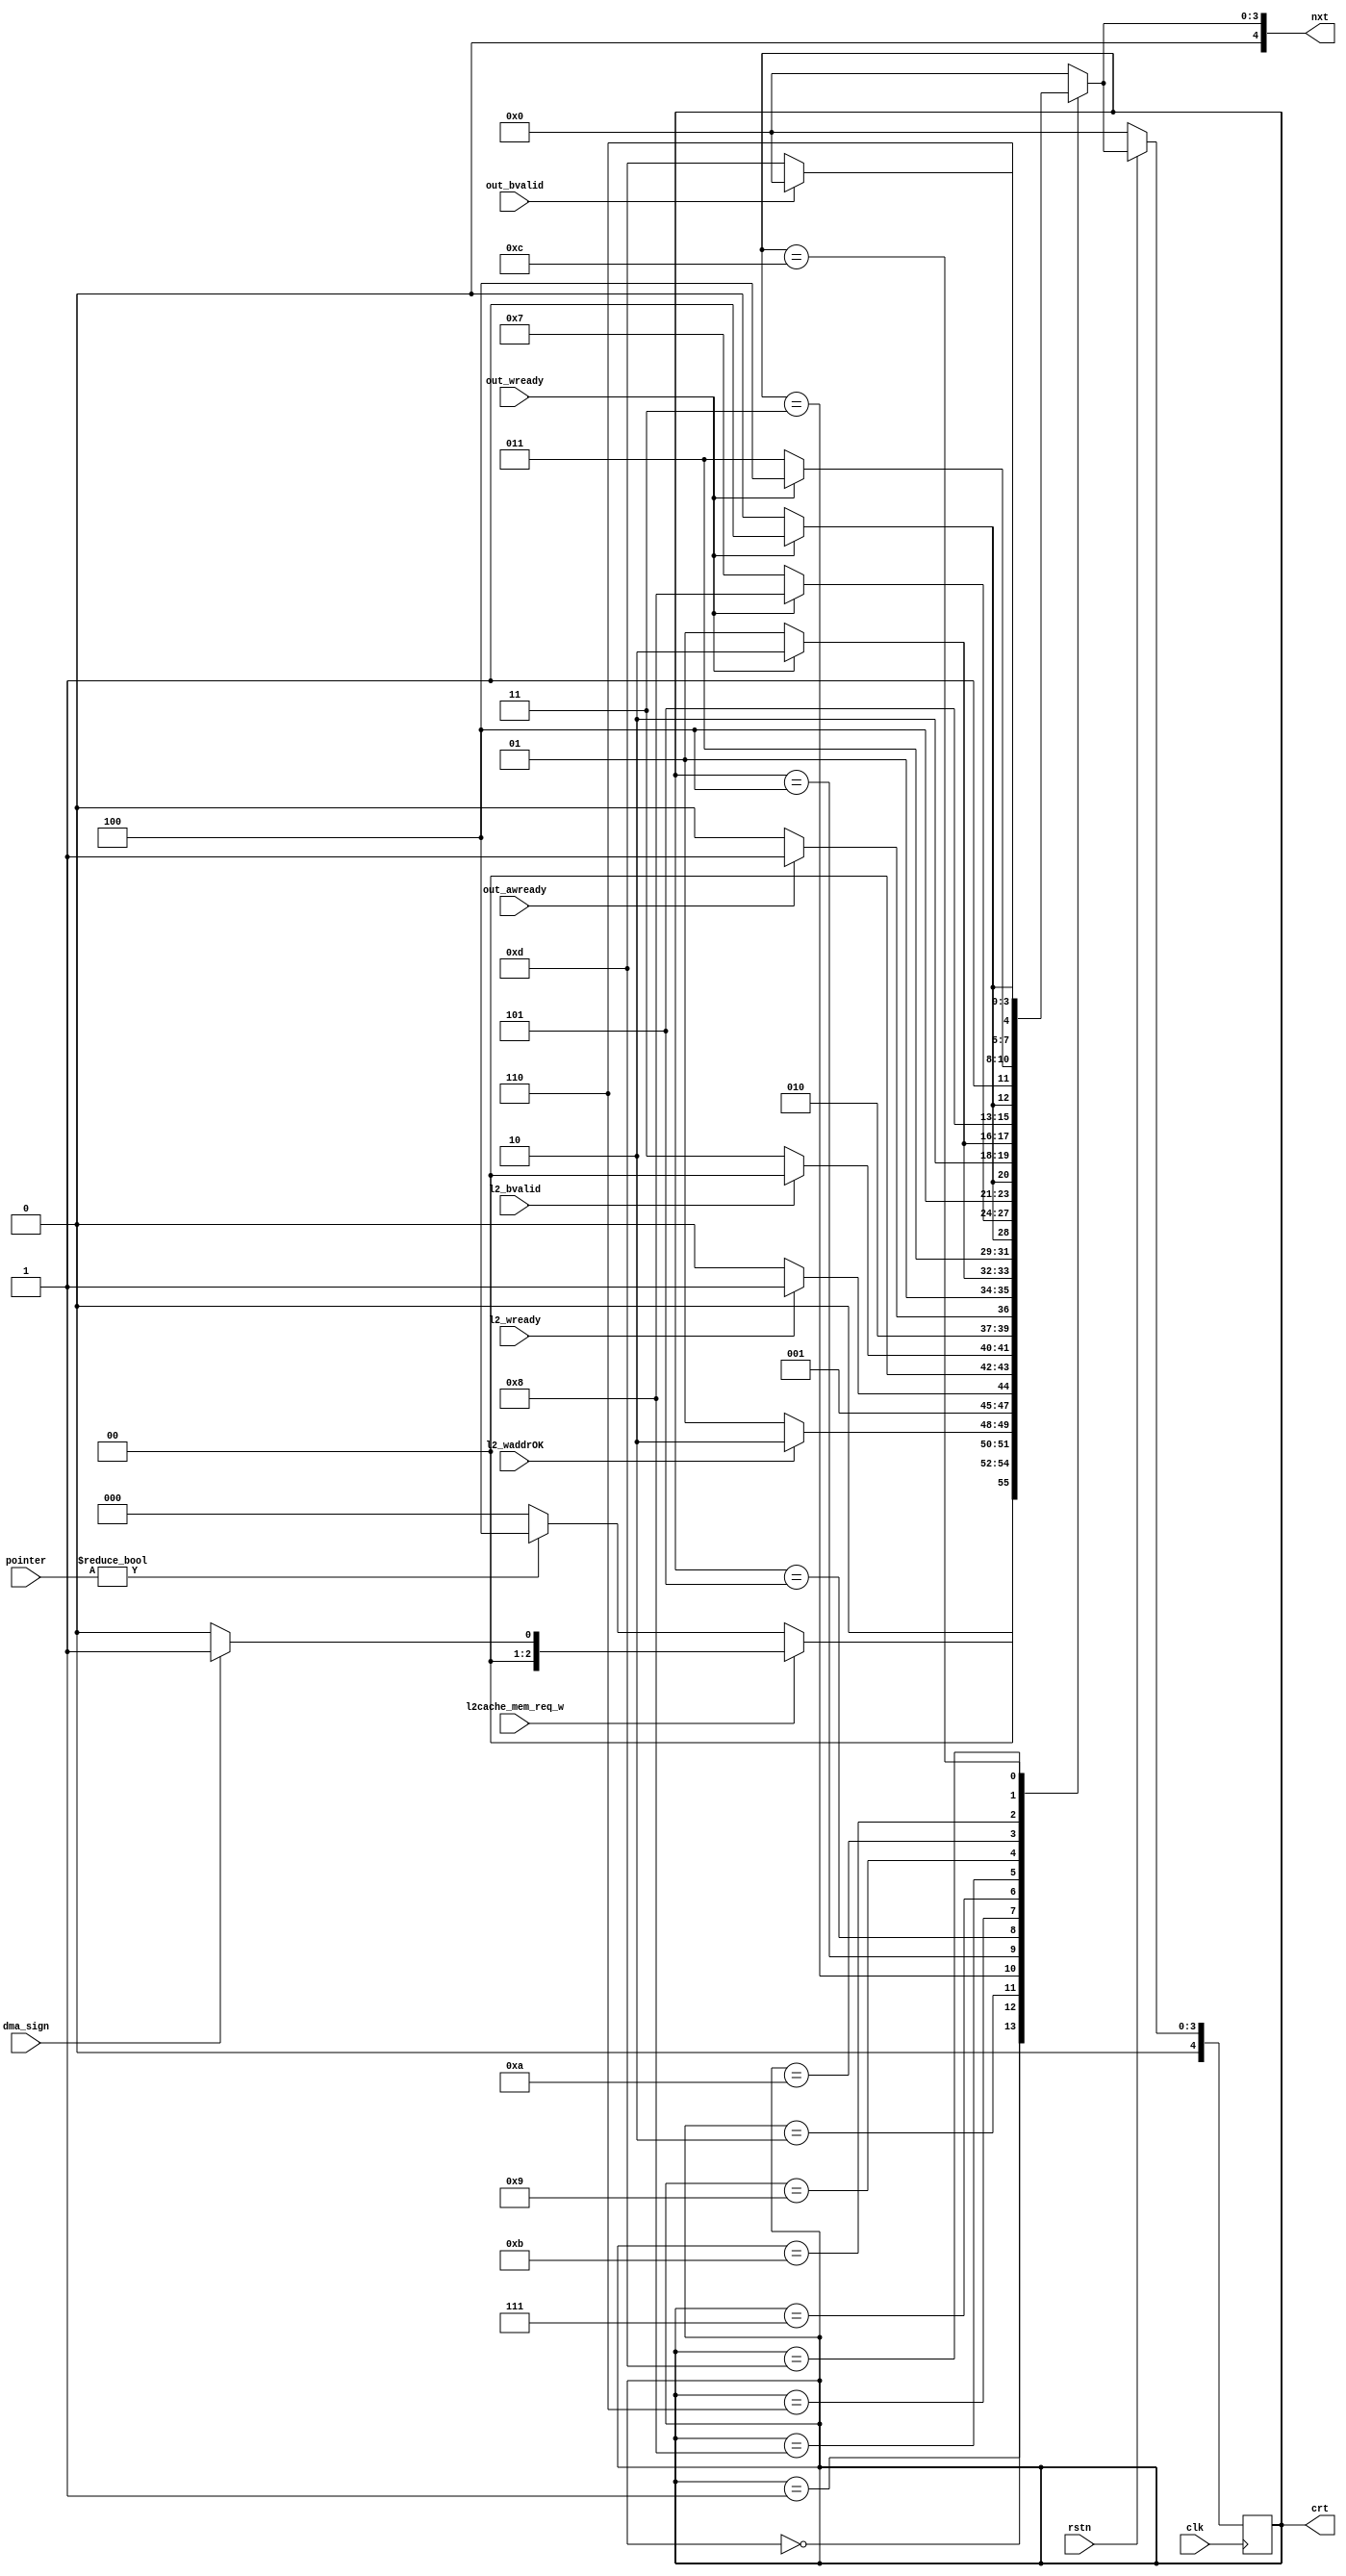
module Write_FSM(
    input  clk,
    input  rstn,

    input  l2cache_mem_req_w,
    input  dma_sign,
    input  [31:0]pointer,
    input  l2_waddrOK,
    input  l2_wready,
    input  l2_bvalid,
    input  out_awready,
    input  out_wready,
    input  out_bvalid,

    output reg [4:0] crt,
    output reg [4:0] nxt
);
    parameter IDLE = 5'd0,DMA_AW=5'd1 , DMA_W=5'd2 , DMA_R=5'd3,
        PULL=5'd4,SEND_0=5'd5,SEND_1=5'd6,SEND_2=5'd7,SEND_3=5'd8,SEND_4=5'd9,SEND_5=5'd10,SEND_6=5'd11,SEND_7=5'd12,_SEND=5'd13;

    always @(posedge clk)begin
        if (!rstn) begin
            crt<=IDLE;
        end
        else begin
            crt<=nxt;
        end
    end
    always @(*) begin
        case (crt)
            IDLE: begin
                if(l2cache_mem_req_w) begin
                    if(dma_sign)
                                    nxt = DMA_AW;
                    else            nxt = IDLE;
                end
                else if(pointer!=0) nxt = PULL;
                else                nxt = IDLE;
            end 
            DMA_AW: begin
                if(l2_waddrOK)      nxt = DMA_W;
                else                nxt = DMA_AW;
            end
            DMA_W: begin
                if(l2_wready)       nxt = DMA_R;
                else                nxt = DMA_W;
            end
            DMA_R: begin
                if(l2_bvalid)       nxt = IDLE;
                else                nxt = DMA_R;
            end

            PULL:       begin
                if(out_awready)     nxt=SEND_0;
                else                nxt=PULL;
            end
            SEND_0: begin
                if(out_wready)      nxt=SEND_1;
                else                nxt=SEND_0;
            end
            SEND_1: begin
                if(out_wready)      nxt=SEND_2;
                else                nxt=SEND_1;
            end
            SEND_2: begin
                if(out_wready)      nxt=SEND_3;
                else                nxt=SEND_2;
            end
            SEND_3: begin
                if(out_wready)      nxt=SEND_4;
                else                nxt=SEND_3;
            end
            SEND_4: begin
                if(out_wready)      nxt=SEND_5;
                else                nxt=SEND_4;
            end
            SEND_5: begin
                if(out_wready)      nxt=SEND_6;
                else                nxt=SEND_5;
            end
            SEND_6: begin
                if(out_wready)      nxt=SEND_7;
                else                nxt=SEND_6;
            end
            SEND_7: begin
                if(out_wready)      nxt=_SEND;
                else                nxt=SEND_7;
            end
            _SEND: begin
                if(out_bvalid)      nxt=IDLE;
                else                nxt=_SEND;
            end
            default:                nxt=IDLE;
        endcase
    end
    //signal
endmodule